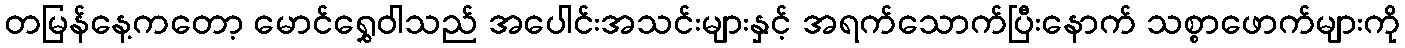
တမြန်နေ့ကတော့ မောင်ရွှေဝါသည် အပေါင်းအသင်းများနှင့် အရက်သောက်ပြီးနောက် သစ္စာဖောက်များကို